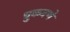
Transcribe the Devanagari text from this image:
चुकवणे